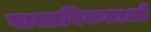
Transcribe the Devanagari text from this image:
वास्तविकताओ